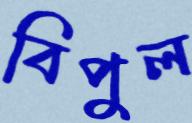
বিপুল